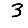
Digit: 3